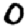
Digit: 0